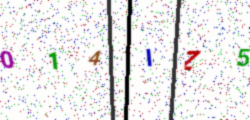
Text: 014IZ5